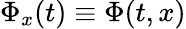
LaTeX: \Phi_{x}(t)\equiv\Phi(t,x)